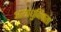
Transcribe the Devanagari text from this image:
अत्याधुनिकता